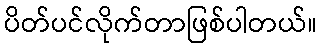
ပိတ်ပင်လိုက်တာဖြစ်ပါတယ်။